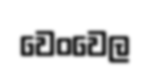
වෙංවෙල